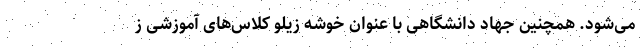
می‌شود. همچنین جهاد دانشگاهی با عنوان خوشه زیلو کلاس‌های آموزشی ز